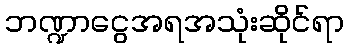
ဘဏ္ဍာငွေအရအသုံးဆိုင်ရာ